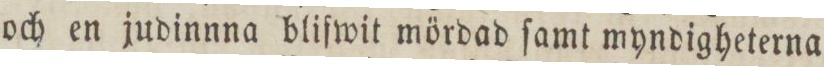
och en judinnna blifwit mördad ſamt myndigheterna